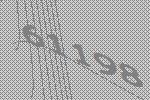
61198